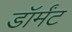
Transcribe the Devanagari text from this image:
डॉर्मंट